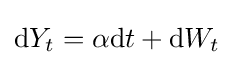
\mathrm {d} Y_{t}=\alpha \mathrm {d} t+\mathrm {d} W_{t}